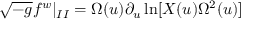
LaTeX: \sqrt { - g } f ^ { w } | _ { I I } = \Omega ( u ) \partial _ { u } \ln [ X ( u ) \Omega ^ { 2 } ( u ) ]